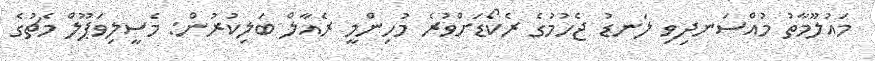
މައުލޫމާތު މުއްސަނދިވި ލަނޑު ޖެހުމުގެ ރެކޯޑަށްވުރެ މުހިންމީ ރެއާލް ބަލިކުރުން: މެސީލިވަޕޫލް މެޗުގެ